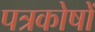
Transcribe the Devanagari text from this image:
पत्रकोषों